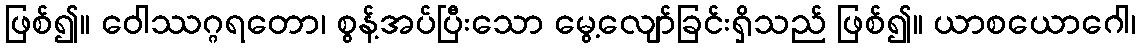
ဖြစ်၍။ ဝေါဿဂ္ဂရတော၊ စွန့်အပ်ပြီးသော မွေ့လျော်ခြင်းရှိသည် ဖြစ်၍။ ယာစယောဂေါ၊